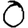
Digit: 0